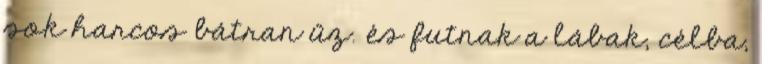
sok harcos bátran űz. és futnak a lábak, célba,